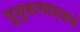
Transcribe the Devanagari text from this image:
पुनुरुत्पादनाचे